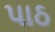
પાઠ